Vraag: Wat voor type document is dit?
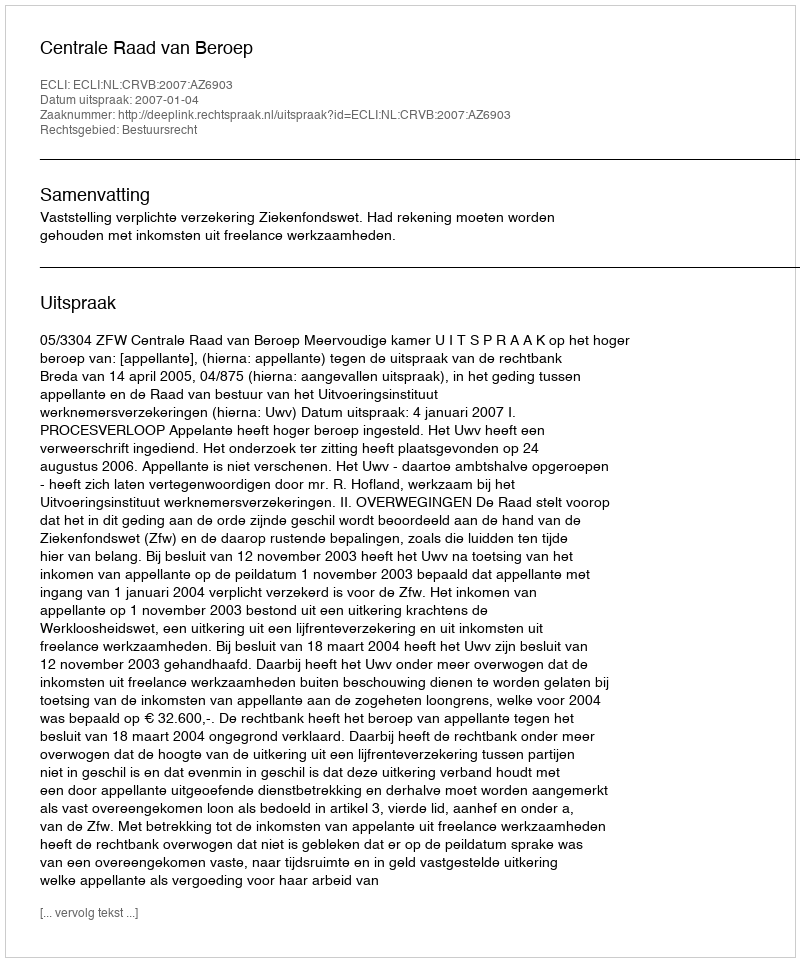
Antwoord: Uitspraak